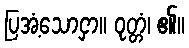
ပြအံ့သောငှာ။ ဝုတ္တံ၊ ၏။